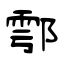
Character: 鄠